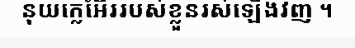
នុយក្លេអ៊ែររបស់ខ្លួនរស់ឡើងវិញ ។